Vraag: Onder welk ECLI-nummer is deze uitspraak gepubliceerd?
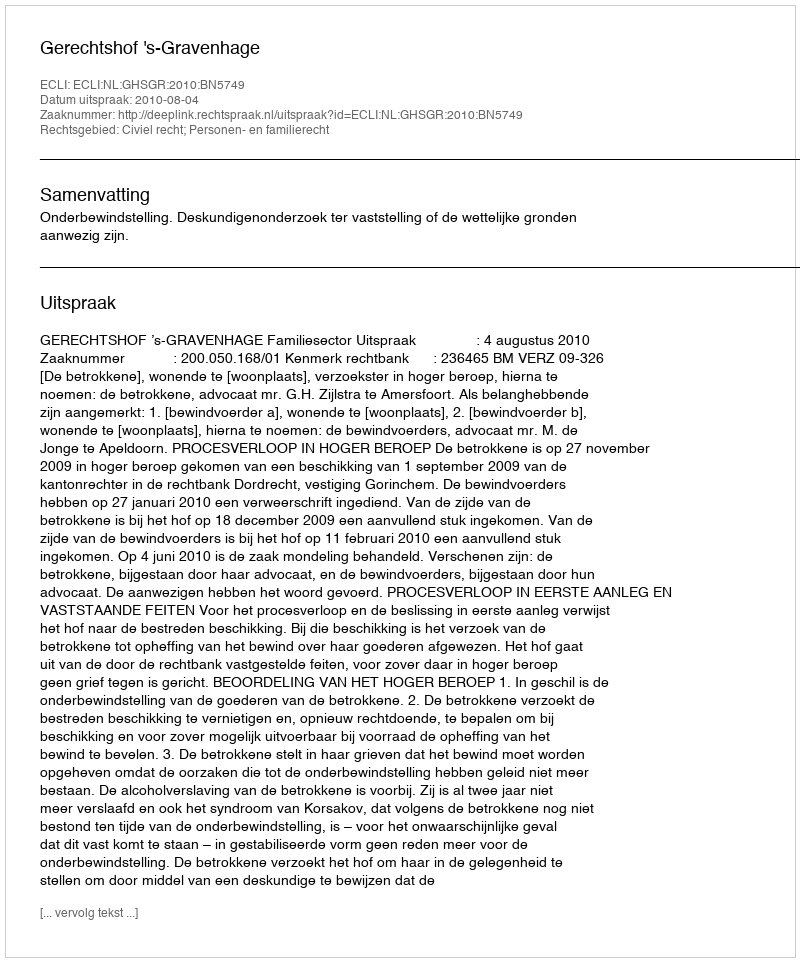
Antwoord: ECLI:NL:GHSGR:2010:BN5749